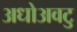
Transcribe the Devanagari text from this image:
अधोअवटु